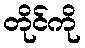
တိုင်ကို